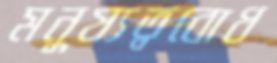
মনুষ্যত্ববোধ